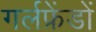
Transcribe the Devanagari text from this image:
गर्लफ्रेंडों